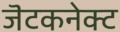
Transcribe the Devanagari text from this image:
जॆटकनेक्ट